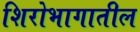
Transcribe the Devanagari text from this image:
शिरोभागातील